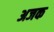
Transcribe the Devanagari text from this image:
अजक